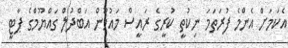
އެކަމަށް އެންމެ ފުރަތަމަ ނިކުތީ ކުރީގެ ރައީސް މައުމޫން އަބްދުލް ގައްޔޫމްގެ ޕާޓީ